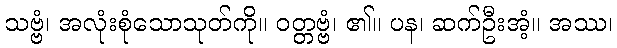
သဗ္ဗံ၊ အလုံးစုံသောသုတ်ကို။ ဝတ္တဗ္ဗံ၊ ၏။ ပန၊ ဆက်ဦးအံ့။ အဿ၊